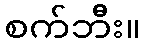
စက်ဘီး။